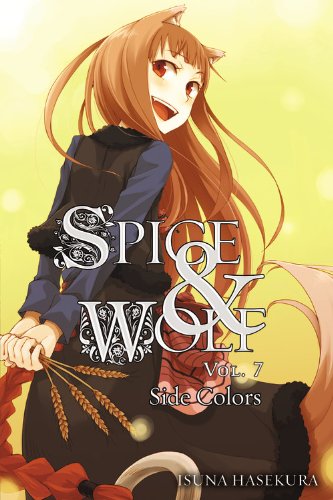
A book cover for Spice and Wolf, Vol. 7: Side Colors; Isuna Hasekura; Science Fiction & Fantasy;